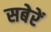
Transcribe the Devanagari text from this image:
सबेरें